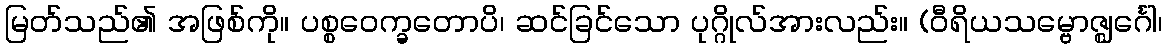
မြတ်သည်၏ အဖြစ်ကို။ ပစ္စဝေက္ခတောပိ၊ ဆင်ခြင်သော ပုဂ္ဂိုလ်အားလည်း။ (ဝီရိယသမ္ဗောဇ္ဈင်္ဂေါ၊